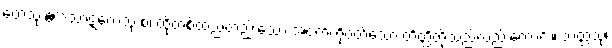
တေသု ဧကသာဋကေသု စ၊ ထိုတစ်ထည်တည်းသော အဝတ်ကိုဝတ်သော တိတ္ထိတို့သည်လည်းကောင်း။ သတ္တသု၊